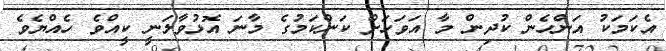
އެކަމަކު އަންހެން ކުދިން މާ އަވަހަށް ކަންކަމުގެ މާނަ އޮޅުވާލަނީ ކީއްވެ ހެއްޔެވެ